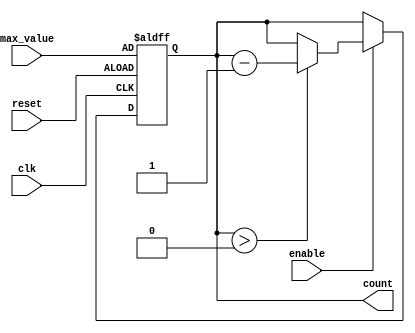
module decremental_counter (
    input wire clk,            // Clock signal
    input wire reset,          // Asynchronous reset signal
    input wire enable,         // Enable signal for counting
    input wire [7:0] max_value, // Configurable maximum value (8-bit for example)
    output reg [7:0] count     // Current count value (8-bit)
);

// Always block for synchronous operations
always @(posedge clk or posedge reset) begin
    if (reset) begin
        // On reset, load the max_value into count
        count <= max_value;
    end else if (enable) begin
        // Decrement the count if enable is high and count is greater than 0
        if (count > 0) begin
            count <= count - 1;
        end
        // Else, count remains at 0 (implicit)
    end
end

endmodule